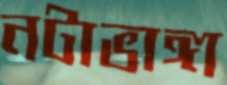
নটাভাঙ্গা